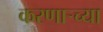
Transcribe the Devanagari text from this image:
करणार्‍च्या